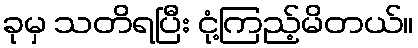
ခုမှ သတိရပြီး ငုံ့ကြည့်မိတယ်။